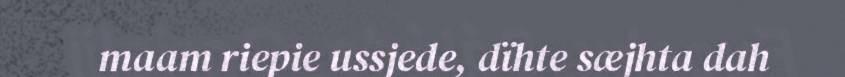
maam riepie ussjede, dïhte sæjhta dah